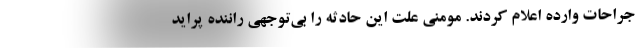
جراحات وارده اعلام کردند. مومنی علت این حادثه را بی‌توجهی راننده پراید